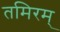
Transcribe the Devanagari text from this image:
तमिरम्